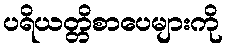
ပရိယတ္တိစာပေများကို